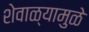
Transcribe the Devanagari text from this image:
शेवाळ्यामुळे